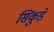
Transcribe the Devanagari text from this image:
सिंकुड़े